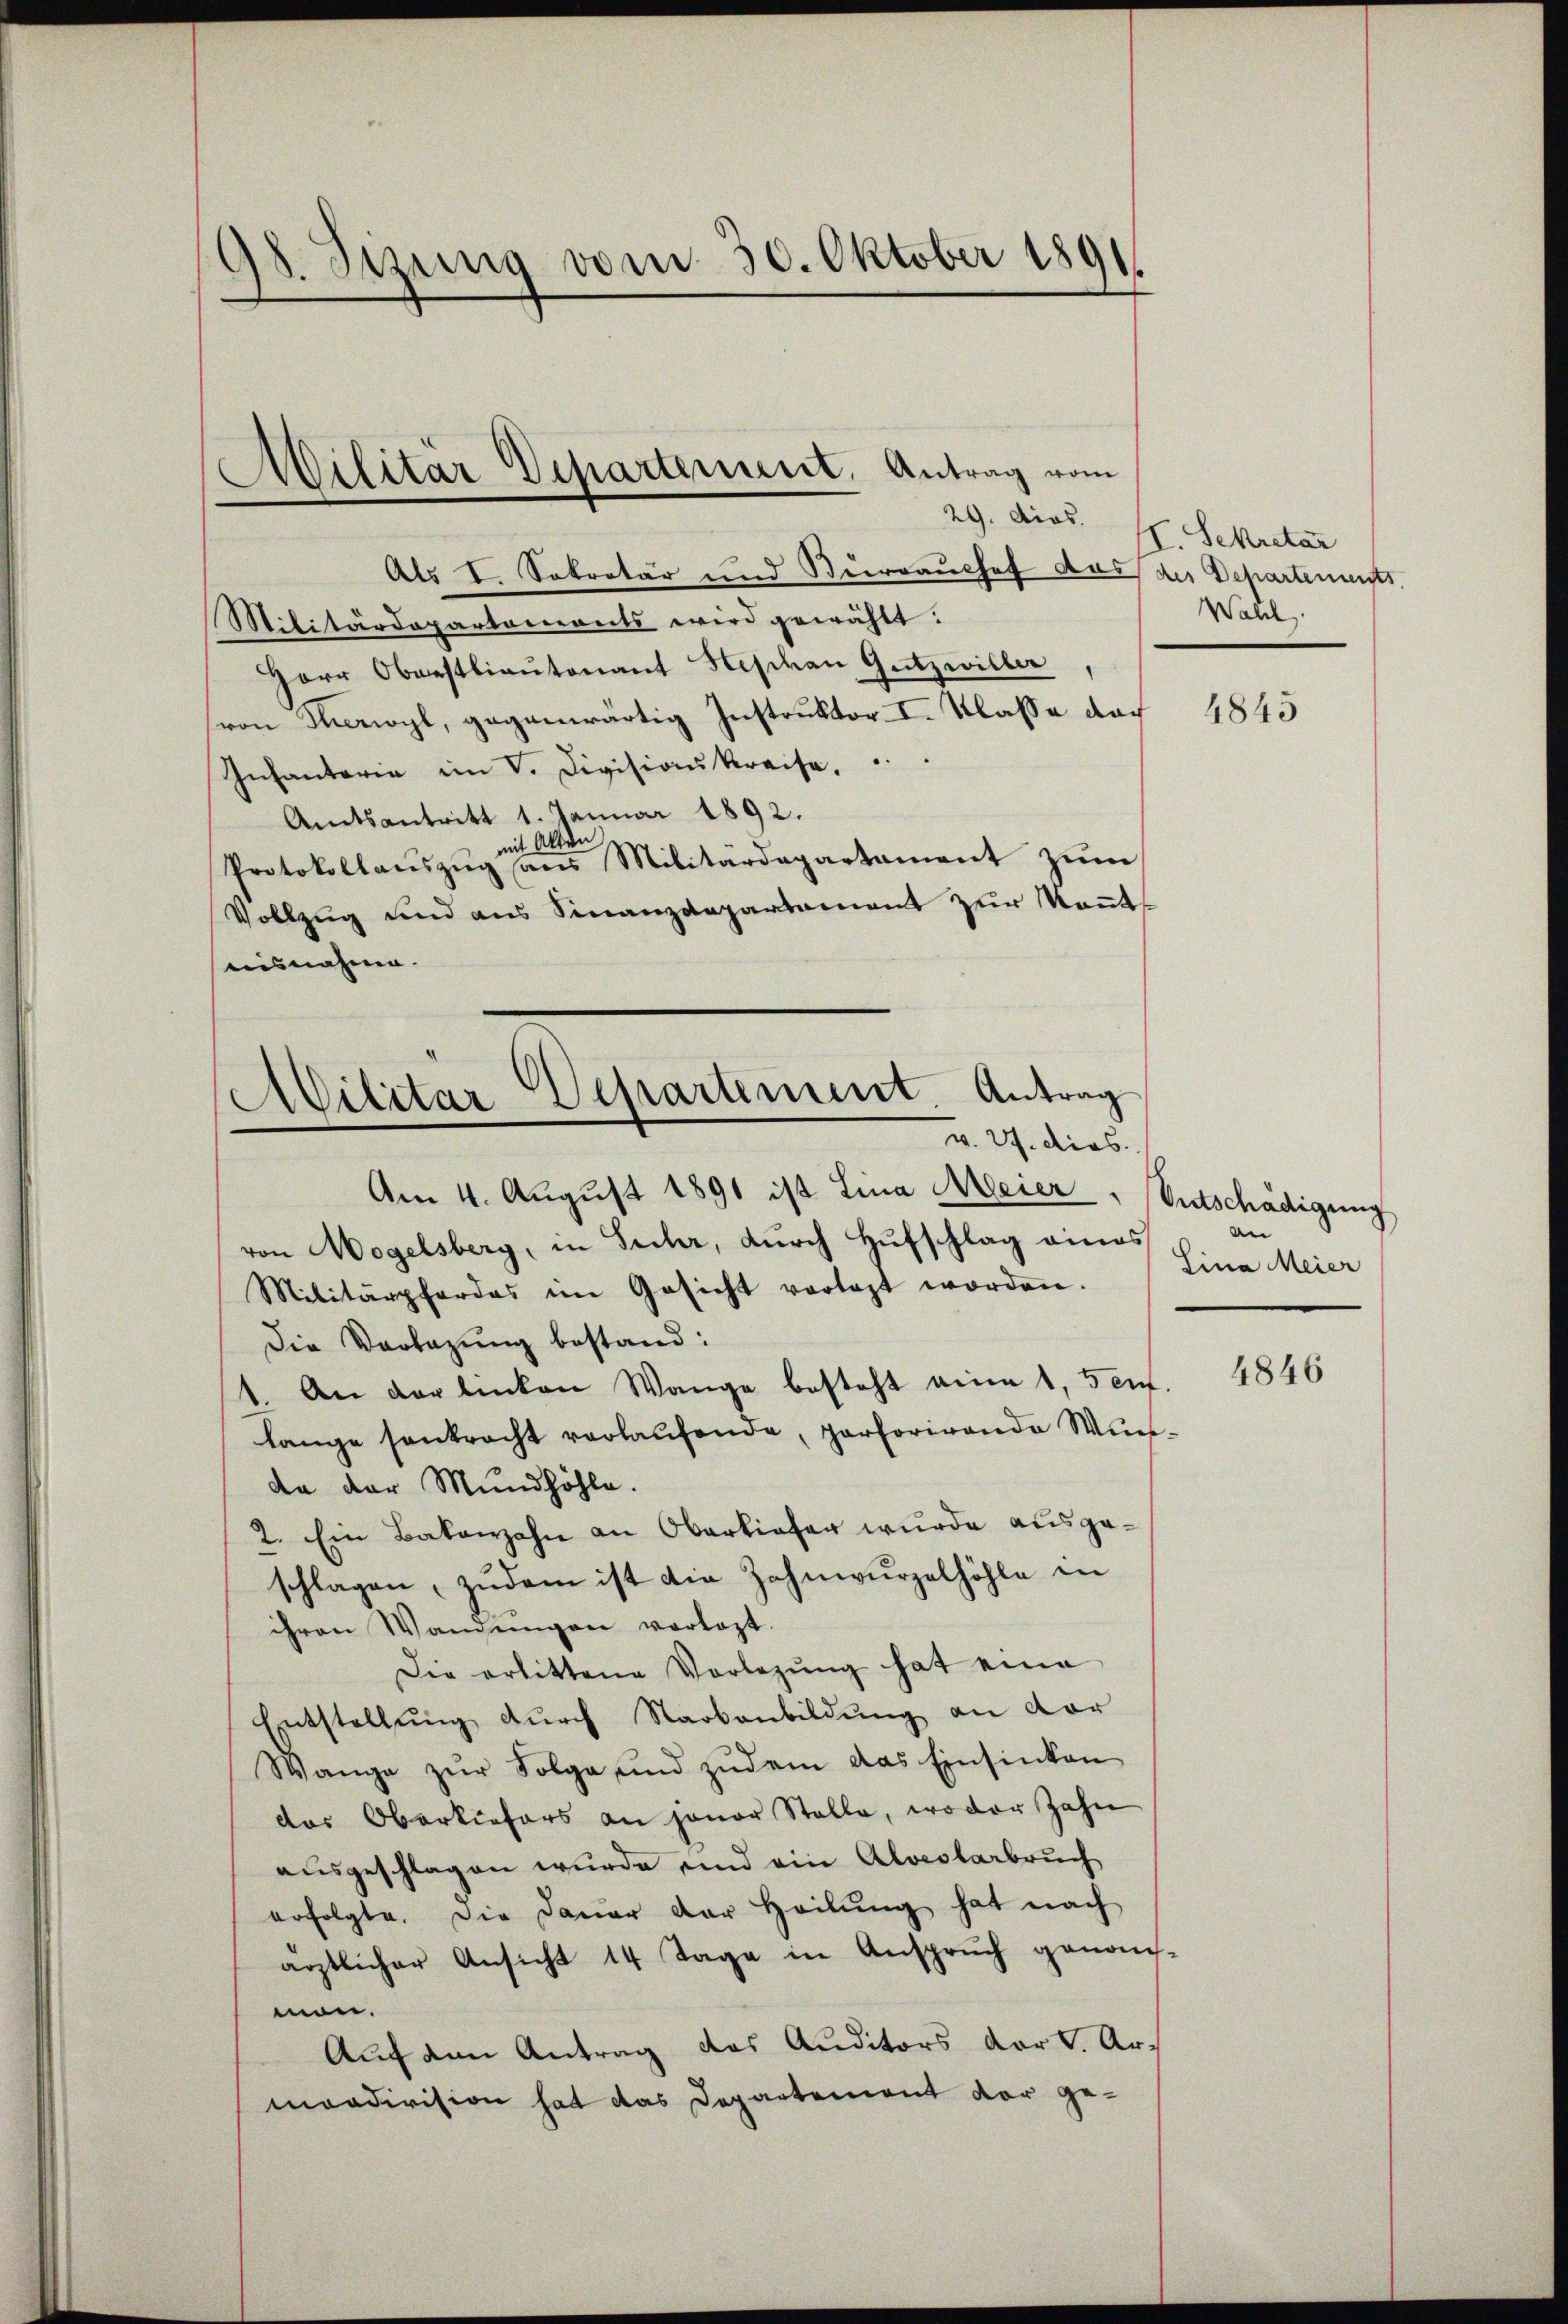
98. Sizung vom 30. Oktober 180
¬

Militär Departement. Antrag vom
29. dios.

Als I. Sekretär und Stürrauchef das des Departements
Militärdepartamonts wird gewählt:
Herr Oberstlieutenant Heschau Gutzwiller
von Thorwyl, gegenwärtig Instruktor I. Klasse doch
Infantaria im V. Divisionskreise.
Amtsantritt 1. Januar 1892.
Alten
mit
Protokollauszug aus Militärdepartament zum
Vollzug und aus Finanzdepartamant zur Kenntausnahme.

Militar Departement. Antrag
v. 27. dies.

II. Sekretar
Wahl.

Am 4. August 1891 ist Lina Meier, Entschädigung
von Wogelsberg, in Sucher, durch Hufschlag eines
Militärpfordes im Gesicht verlegt worden.
Die Vorlegung bestand:
1. An der linken Wange besteht eine 1, sent.
lange senkracht verlaŭfende, parforirende Wunda der Mundhöhle.
2. Ein Bakanzjahn an Oberliefer wurde ausgeschlagen, zudem ist die Zahnwurzelhöhle in
ihren Wandŭngen vorlegt.
Die erbittene Vorlegŭng hat eine
Entstellŭng dŭrch Starbenbildung an dar
Wange zŭr Folge und zŭdem das Einsinken
das Oberkiefers an jener Stelle, wo der Zahn
ausgeschlagen wurde und ein Aloesterbruch
erfolgte. Die Dauer der Heilŭng hat nach
ärztlicher Ansicht 14 Tage in Ansprŭch genom-
mon.
Auf den Antrag das Auditors dort. Armaadivision hat das Departement vor ge¬

4845

de
Sina Meier

4846